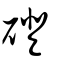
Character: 磴